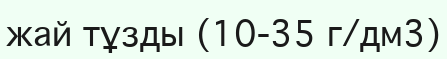
жай тұзды (10-35 г/дм3)